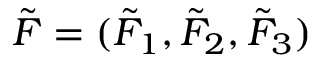
\tilde { F } = ( \tilde { F } _ { 1 } , \tilde { F } _ { 2 } , \tilde { F } _ { 3 } )